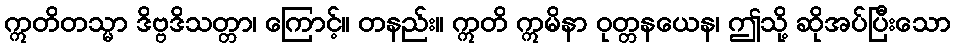
ဣတိတသ္မာ ဒိဗ္ဗဒိသတ္တာ၊ ကြောင့်။ တနည်း။ ဣတိ ဣမိနာ ဝုတ္တနယေန၊ ဤသို့ ဆိုအပ်ပြီးသော